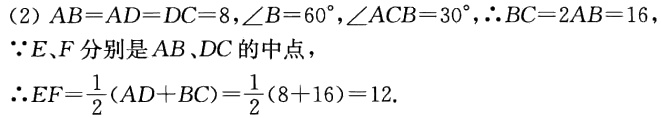
(2) \(AB = AD = DC = 8,\angle B = 60^{\circ},\angle ACB = 30^{\circ},\therefore BC = 2AB = 16\)，

\(\because E,F\)分别是\(AB、DC\)的中点，

\(\therefore EF=\frac{1}{2}(AD + BC)=\frac{1}{2}(8 + 16)=12\).